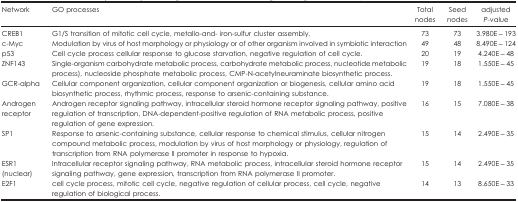
| Network | GO processes | Total nodes | Seed nodes | adjusted P-value |
 | --- | --- | --- | --- | --- |
 | CREB1 | G1/S transition of mitotic cell cycle, metallo-and- iron-sulfur cluster assembly, | 73 | 73 | 3.980E−193 |
 | c-Myc | Modulation by virus of host morphology or physiology or of other organism involved in symbiotic interaction | 49 | 48 | 8.490E−124 |
 | p53 | Cell cycle process cellular response to glucose starvation, negative regulation of cell cycle. | 20 | 19 | 4.240E−48 |
 | ZNF143 | Single-organism carbohydrate metabolic process, carbohydrate metabolic process, nucleotide metabolic process), nucleoside phosphate metabolic process, CMP-N-acetylneuraminate biosynthetic process. | 19 | 18 | 1.550E−45 |
 | GCR-alpha | Cellular component organization, cellular component organization or biogenesis, cellular amino acid biosynthetic process, rhythmic process, response to arsenic-containing substance. | 19 | 18 | 1.550E−45 |
 | Androgen receptor | Androgen receptor signaling pathway, intracellular steroid hormone receptor signaling pathway, positive regulation of transcription, DNA-dependent-positive regulation of RNA metabolic process, positive regulation of gene expression. | 16 | 15 | 7.080E−38 |
 | SP1 | Response to arsenic-containing substance, cellular response to chemical stimulus, cellular nitrogen compound metabolic process, modulation by virus of host morphology or physiology, regulation of transcription from RNA polymerase II promoter in response to hypoxia. | 15 | 14 | 2.490E−35 |
 | ESR1 (nuclear) | Intracellular receptor signaling pathway, RNA metabolic process, intracellular steroid hormone receptor signaling pathway, gene expression, transcription from RNA polymerase II promoter. | 15 | 14 | 2.490E−35 |
 | E2F1 | cell cycle process, mitotic cell cycle, negative regulation of cellular process, cell cycle, negative regulation of biological process. | 14 | 13 | 8.650E−33 |